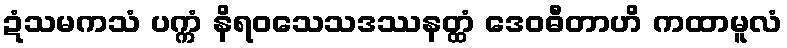
ဍံသမကသံ ပက္ကံ နိရဝသေသဒဿနတ္ထံ ဒေဝဓီတာဟိ ကထာမူလံ